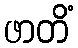
ဖာတိံ